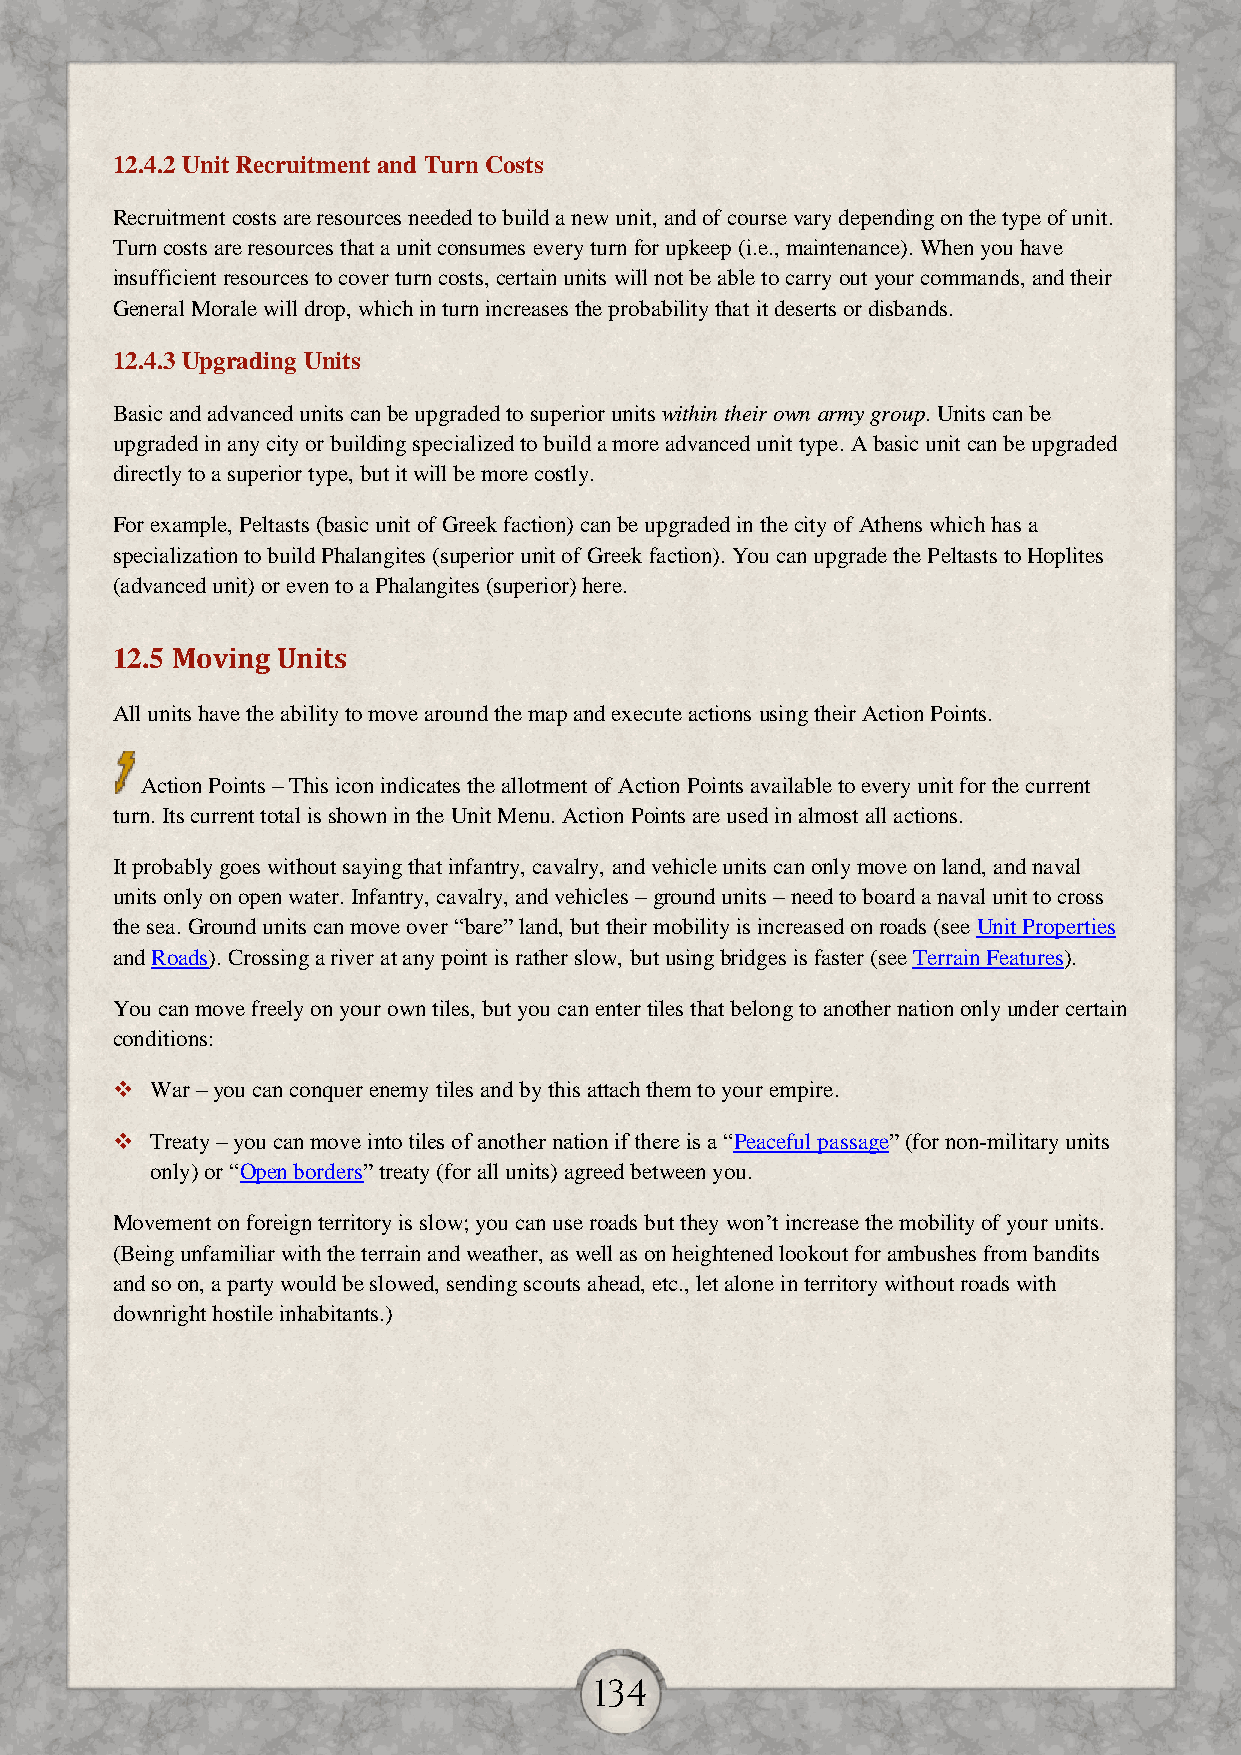
12.4.2 Unit Recruitment and Turn Costs
 Recruitment costs are resources needed to build a new unit, and of course vary depending on the type of unit.
 Turn costs are resources that a unit consumes every turn for upkeep (i.e., maintenance). When you have
 insufficient resources to cover turn costs, certain units will not be able to carry out your commands, and their
 General Morale will drop, which in turn increases the probability that it deserts or disbands.
 12.4.3 Upgrading Units
 Basic and advanced units can be upgraded to superior units within their own army group. Units can be
 upgraded in any city or building specialized to build a more advanced unit type. A basic unit can be upgraded
 directly to a superior type, but it will be more costly.
 For example, Peltasts (basic unit of Greek faction) can be upgraded in the city of Athens which has a
 specialization to build Phalangites (superior unit of Greek faction). You can upgrade the Peltasts to Hoplites
 (advanced unit) or even to a Phalangites (superior) here.
 12.5 Moving Units
 All units have the ability to move around the map and execute actions using their Action Points.
 Action Points – This icon indicates the allotment of Action Points available to every unit for the current
 turn. Its current total is shown in the Unit Menu. Action Points are used in almost all actions.
 It probably goes without saying that infantry, cavalry, and vehicle units can only move on land, and naval
 units only on open water. Infantry, cavalry, and vehicles – ground units – need to board a naval unit to cross
 the sea. Ground units can move over “bare” land, but their mobility is increased on roads (see Unit Properties
 and Roads). Crossing a river at any point is rather slow, but using bridges is faster (see Terrain Features).
 You can move freely on your own tiles, but you can enter tiles that belong to another nation only under certain
 conditions:
   War – you can conquer enemy tiles and by this attach them to your empire.
   Treaty – you can move into tiles of another nation if there is a “Peaceful passage” (for non-military units
 only) or “Open borders” treaty (for all units) agreed between you.
 Movement on foreign territory is slow; you can use roads but they won’t increase the mobility of your units.
 (Being unfamiliar with the terrain and weather, as well as on heightened lookout for ambushes from bandits
 and so on, a party would be slowed, sending scouts ahead, etc., let alone in territory without roads with
 downright hostile inhabitants.)
 134